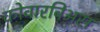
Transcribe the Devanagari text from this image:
कोवारबिअस